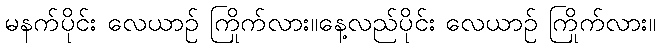
မနက်ပိုင်း လေယာဉ် ကြိုက်လား။နေ့လည်ပိုင်း လေယာဉ် ကြိုက်လား။